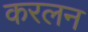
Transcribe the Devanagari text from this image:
करलन